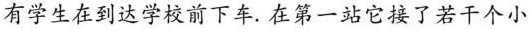
有学生在到达学校前下车。在第一站它接了若干个小